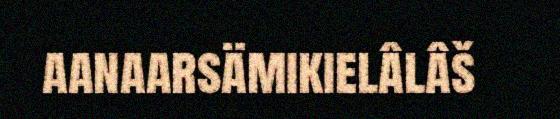
aanaarsämikielâlâš